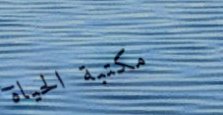
مكتبة الحياة